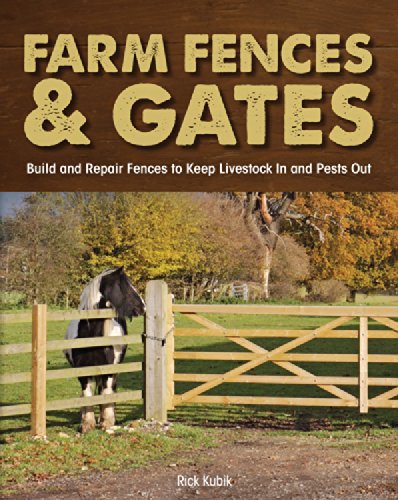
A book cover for Farm Fences and Gates: Build and Repair Fences to Keep Livestock In and Pests Out; Rick Kubik; Crafts, Hobbies & Home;